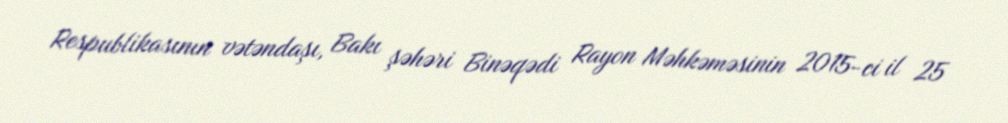
Respublikasının vətəndaşı, Bakı şəhəri Binəqədi Rayon Məhkəməsinin 2015-ci il 25